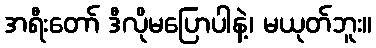
အရီးတော် ဒီလိုမပြောပါနဲ့၊ မယုတ်ဘူး။